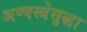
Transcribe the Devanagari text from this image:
अण्वस्त्रेसुद्धा